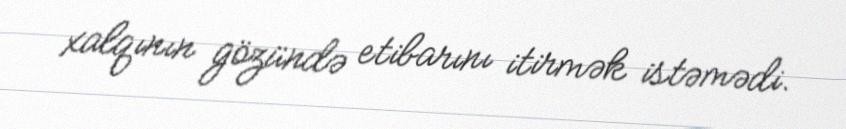
xalqının gözündə etibarını itirmək istəmədi.